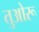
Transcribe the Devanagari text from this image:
तुओरू